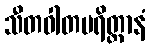
သီတဝါတပရိတ္တာနံ